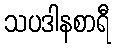
သပဒါနစာရီ